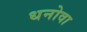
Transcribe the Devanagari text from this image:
धनोवा